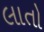
લાતો